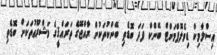
އިސްލާމިކް ޑިވެލޮޕްމަންޓް ބޭންކް ފަދަ ބޮޑެތި ބޭންކުތަކުން ރާއްޖޭގެ ތަރައްޤީގެ މަޝްރޫޢުތަކަށް ބޮޑެތި